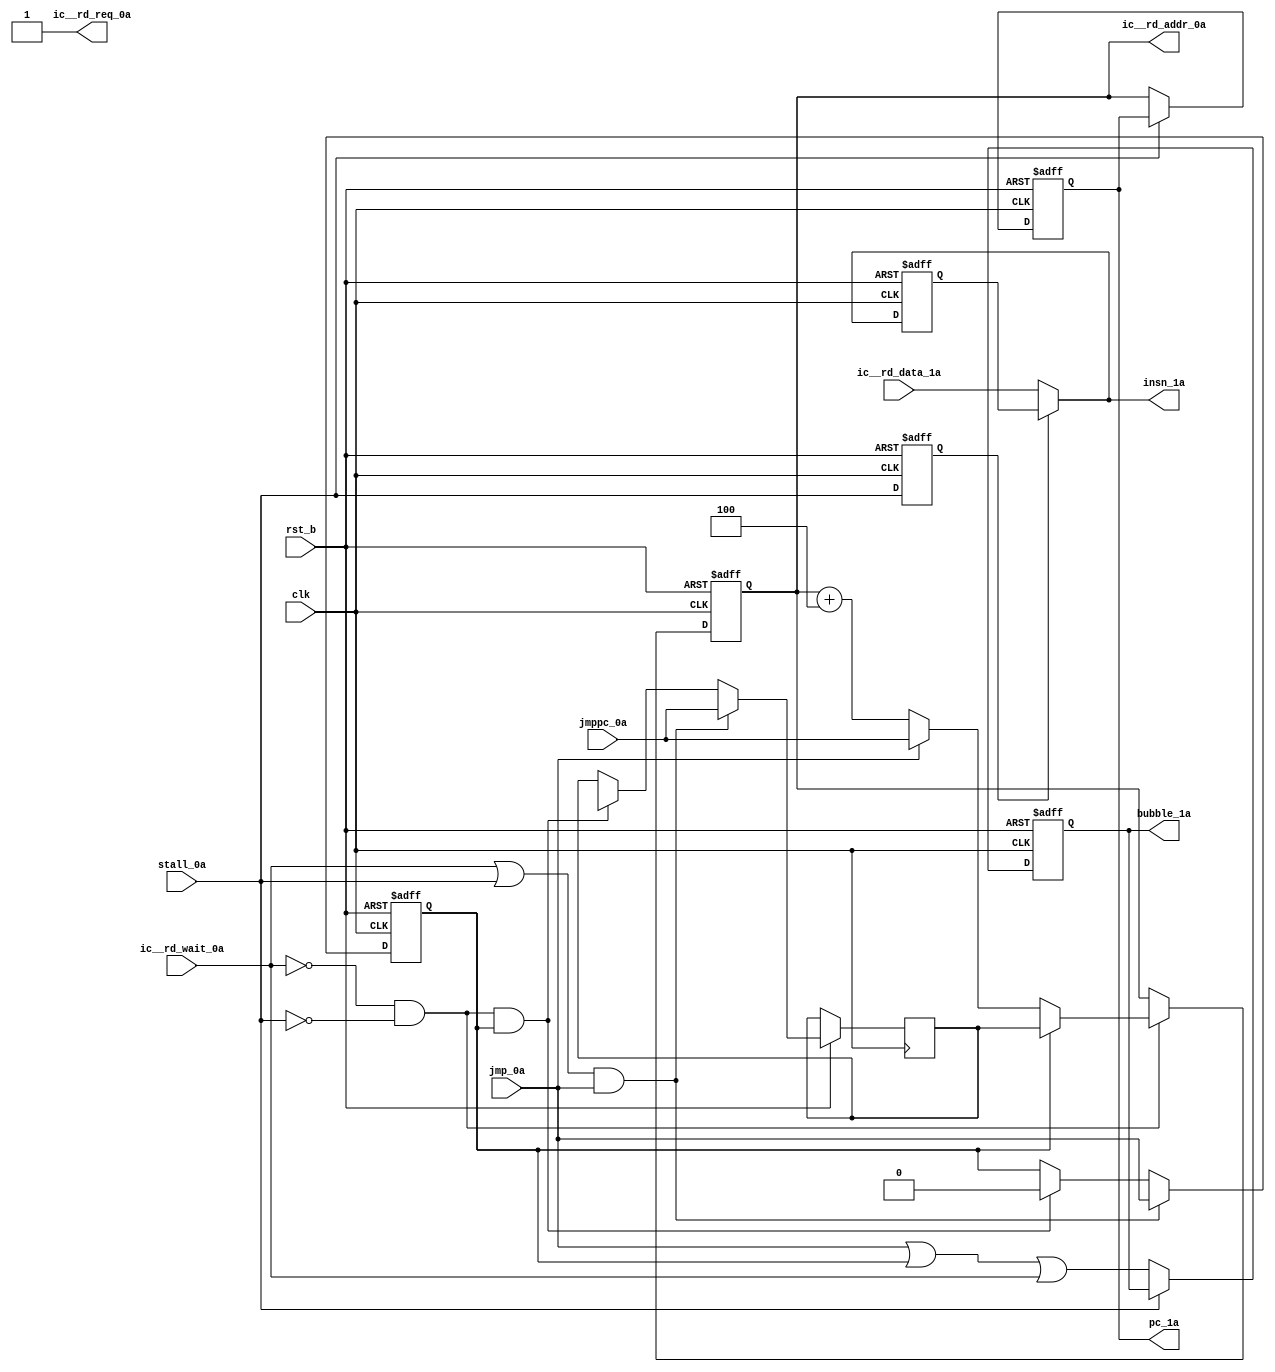
module Fetch(
	input              clk,
	input              rst_b,
	
	output wire [31:0] ic__rd_addr_0a,
	output wire        ic__rd_req_0a,
	input              ic__rd_wait_0a,
	input       [31:0] ic__rd_data_1a,
	
	input              stall_0a,
	input              jmp_0a,
	input       [31:0] jmppc_0a,
	output reg         bubble_1a = 1,
	output reg  [31:0] insn_1a = 0,
	output reg  [31:0] pc_1a = 32'hFFFFFFFC);
	
	reg qjmp = 0;	/* A jump has been queued up while we were waiting. */
	reg [31:0] qjmppc = 32'hxxxxxxxx;
	always @(posedge clk or negedge rst_b)
		if (!rst_b)
			qjmp <= 0;
		else if ((ic__rd_wait_0a || stall_0a) && jmp_0a)
			{qjmp,qjmppc} <= {jmp_0a, jmppc_0a};
		else if (!ic__rd_wait_0a && !stall_0a && qjmp)	/* It has already been intoed. */
			{qjmp,qjmppc} <= {1'b0, 32'hxxxxxxxx};
	
	reg [31:0] reqpc_0a;
	
	/* Output latch logic */
	reg [31:0] insn_2a;
	reg stall_1a;
	always @(posedge clk or negedge rst_b)
		if (!rst_b) begin
			insn_2a <= 32'h00000000;
			stall_1a <= 0;
		end else begin
			insn_2a <= insn_1a;
			stall_1a <= stall_0a;
		end
	
	always @(*)
		if (stall_1a)
			insn_1a = insn_2a;
		else
			insn_1a = ic__rd_data_1a;
	
	assign ic__rd_addr_0a = reqpc_0a;
	assign ic__rd_req_0a = 1;
	
	always @(posedge clk or negedge rst_b)
		if (!rst_b) begin
			bubble_1a <= 1;
			pc_1a <= 32'h00000000;
		end else if (!stall_0a) begin
			bubble_1a <= (jmp_0a || qjmp || ic__rd_wait_0a);
			pc_1a <= reqpc_0a;
		end
	
	always @(posedge clk or negedge rst_b)
		if (!rst_b)
			reqpc_0a <= 0;
		else if (!stall_0a && !ic__rd_wait_0a) begin
			if (qjmp)
				reqpc_0a <= qjmppc;
			else if (jmp_0a)
				reqpc_0a <= jmppc_0a;
			else
				reqpc_0a <= reqpc_0a + 4;
		end
endmodule